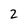
Character: 2